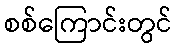
စစ်ကြောင်းတွင်